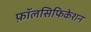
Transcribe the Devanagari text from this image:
फ़ॉलसिफिकेशन